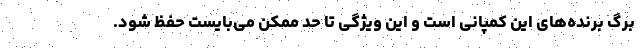
برگ برنده‌های این کمپانی است و این ویژگی تا حد ممکن می‌بایست حفظ شود.